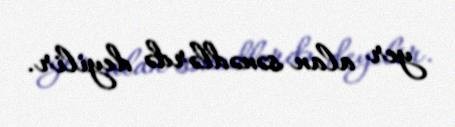
yer alan sənədlərdə deyilir.